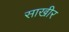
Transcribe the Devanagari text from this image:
साखीर